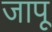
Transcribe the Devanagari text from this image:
जापू